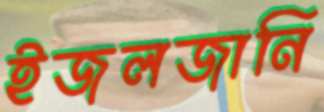
ইজলজানি